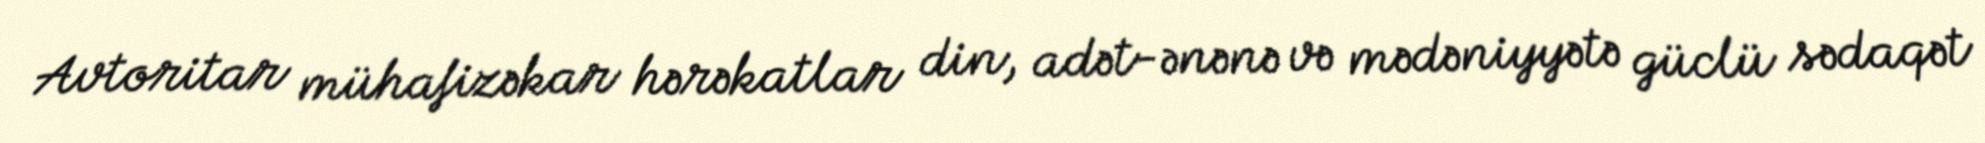
Avtoritar mühafizəkar hərəkatlar din, adət-ənənə və mədəniyyətə güclü sədaqət